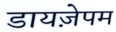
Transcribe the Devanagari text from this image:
डायज़ेपम